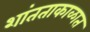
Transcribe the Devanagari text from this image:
शांतताकाळात